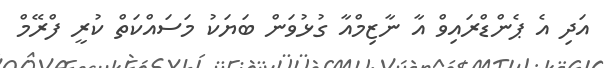
އަދި އެ ޕެންޑްރައިވް އާ ނާޒިމްއާ ގުޅުވަން ބަޔަކު މަސައްކަތް ކުރީ ފްރޭމް